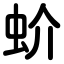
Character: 蚧